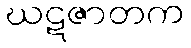
ဃဋဇာတက